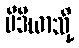
မီဒီယာသို့